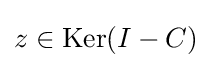
{\textstyle z\in \operatorname {Ker} (I-C)}